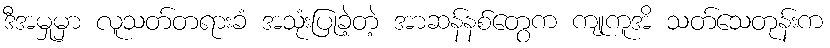
ဒီအမှုမှာ လူသတ်တရားခံ အသုံးပြုခဲ့တဲ့ အာဆန်နစ်တွေက ကျုကူအိ သတ်သေတုန်းက